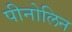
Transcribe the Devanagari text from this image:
पीनोलिन